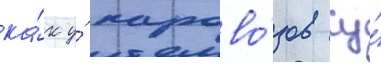
ка́к у́ парово́зов су́